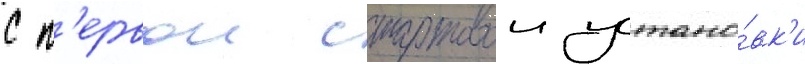
с п'ервои стартовои устано́вк'и